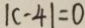
\vert c - 4 \vert = 0